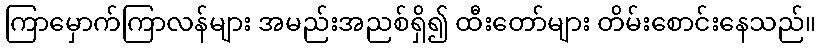
ကြာမှောက်ကြာလန်များ အမည်းအညစ်ရှိ၍ ထီးတော်များ တိမ်းစောင်းနေသည်။